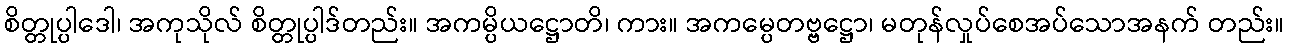
စိတ္တုပ္ပါဒေါ၊ အကုသိုလ် စိတ္တုပ္ပါဒ်တည်း။ အကမ္ပိယဋ္ဌောတိ၊ ကား။ အကမ္ပေတဗ္ဗဋ္ဌော၊ မတုန်လှုပ်စေအပ်သောအနက် တည်း။